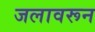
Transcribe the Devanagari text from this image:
जलावरून